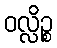
ဝလ္လိဉ္စ